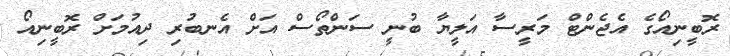
ރޮބީނިއޯގެ އެޖެންޓް މަރީސާ އަލީޔާ ބުނީ ސަންތޯސް އަށް އެނބުރި ދިއުމަށް ރޮބީނިއޯ